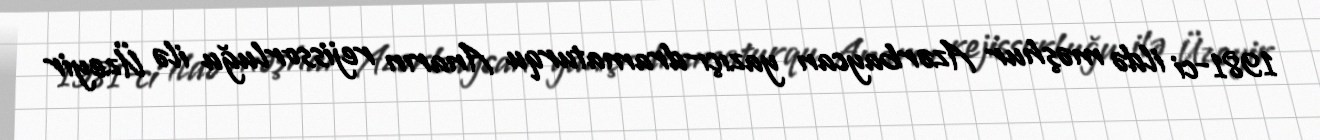
1981-ci ildə məşhur Azərbaycan yazıçı-dramaturqu Anarın rejissorluğu ilə Üzeyir